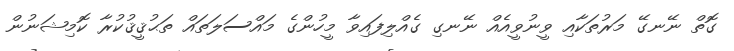
ގޮތް ނޭނގޭ މަރުތަކާއި ވީނުވީއެއް ނޭނގި ގެއްލިފައިވާ މީހުންގެ މައްސަލަތައް ތަޙުޤީޤުކުރާ ކޮމިޝަނުން